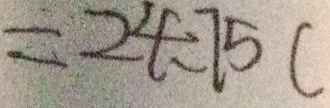
= 2 4 - 7 5 c